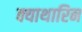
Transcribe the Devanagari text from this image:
क्याथारिन